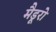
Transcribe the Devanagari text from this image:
मैडूरो